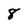
Character: 8